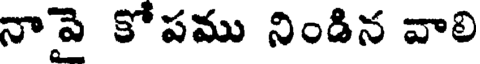
నాపై కోపము నిండిన వాలి